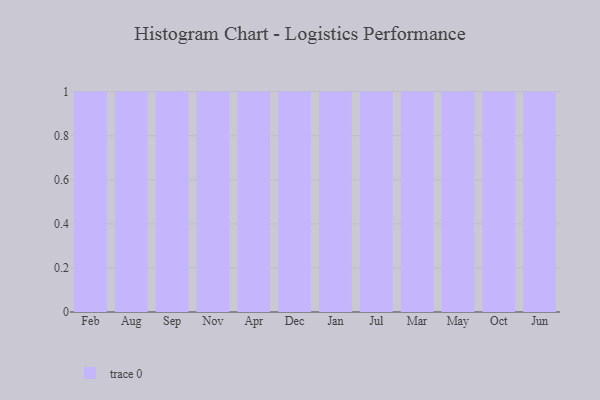
{"axis": {"x": "Month", "y": "Energy Usage (MWh)"}, "legend": [""], "data": [{"x": "Feb", "y": 69, "type": ""}, {"x": "Aug", "y": 48, "type": ""}, {"x": "Sep", "y": 95, "type": ""}, {"x": "Nov", "y": 47, "type": ""}, {"x": "Apr", "y": 29, "type": ""}, {"x": "Dec", "y": 80, "type": ""}, {"x": "Jan", "y": 90, "type": ""}, {"x": "Jul", "y": 90, "type": ""}, {"x": "Mar", "y": 75, "type": ""}, {"x": "May", "y": 27, "type": ""}, {"x": "Oct", "y": 85, "type": ""}, {"x": "Jun", "y": 23, "type": ""}]}